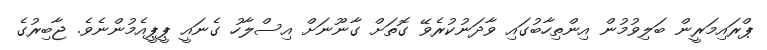
ޕްރައިމަރީން ބަލިވުމުން އިންތިހާބުގައި ވާދަނުކުރެވޭ ގޮތަށް ގާނޫނަށް އިސްލާހު ގެނައީ ޕީޕީއެމުންނެވެ. ޖާބިރުގެ